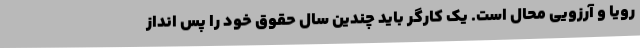
رویا و آرزویی محال است. یک کارگر باید چندین سال حقوق خود را پس انداز